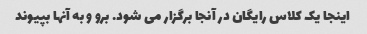
اینجا یک کلاس رایگان در آنجا برگزار می شود. برو و به آنها بپیوند